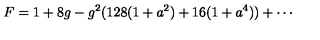
F = 1 + 8 g - g ^ { 2 } ( 1 2 8 ( 1 + a ^ { 2 } ) + 1 6 ( 1 + a ^ { 4 } ) ) + \cdots